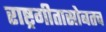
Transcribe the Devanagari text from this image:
राष्ट्रगीतासोबतच